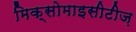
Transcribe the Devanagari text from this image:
मिक्सोमाइसीटीज़